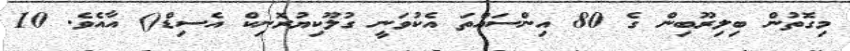
މިގޮތުން ބިލިރޫބިން ގެ 80 އިންސައްތަ އެކުވަނީ ގުލޫކިޔުރޮނިކް އެސިޑް() އާއެެވެ. 10